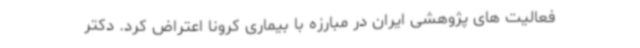
فعالیت های پژوهشی ایران در مبارزه با بیماری کرونا اعتراض کرد. دکتر